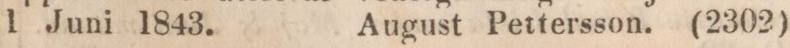
1 Juni 1843.    August Pettersson.    (2302)